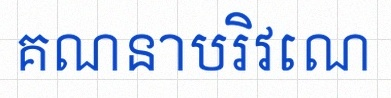
គណនាបរិវេណ